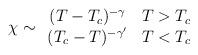
LaTeX: \begin{align*}\chi \sim \begin{array}{cc} (T-T_c)^{-\gamma} & T>T_c \\ (T_c-T)^{-\gamma'} & T<T_c \end{array}\end{align*}